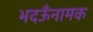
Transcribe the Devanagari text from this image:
भदऊँनामक